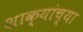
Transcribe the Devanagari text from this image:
शाक्यांच्या